Report of the Indian Hemp Drugs Commission, 1894-1895 - Volume IV
Year: 1894
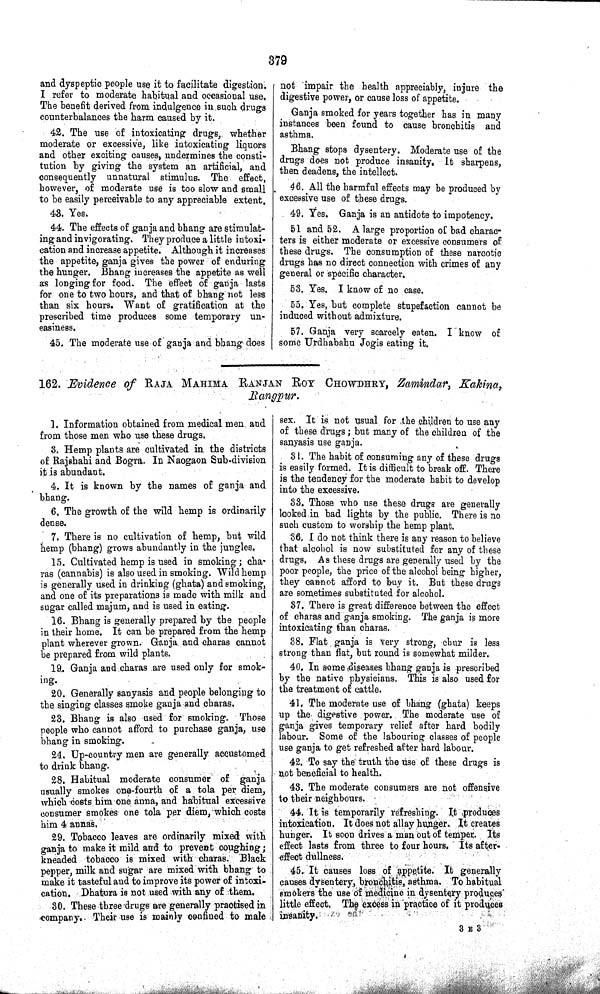
379
and dyspeptic people use it to facilitate digestion.
I refer to moderate habitual and occasional use.
The benefit derived from indulgence in such drugs
counterbalances the harm caused by it.
42. The use of intoxicating drugs, whether
moderate or excessive, like intoxicating liquors
and other exciting causes, undermines the consti-
tution by giving the system an artificial, and
consequently unnatural stimulus. The effect,
however, of moderate use is too slow and small
to be easily perceivable to any appreciable extent.
43. Yes.
44. The effects of ganja and bhang are stimulat-
ing and invigorating. They produce a little intoxi-
cation and increase appetite. Although it increases
the appetite, ganja gives the power of enduring
the hunger. Bhang increases the appetite as well
as longing for food. The effect of ganja lasts
for one to two hours, and that of bhang not less
than six hours. Want of gratification at the
prescribed time produces some temporary un-
easiness.
45. The moderate use of ganja and bhang does
not impair the health appreciably, injure the
digestive power, or cause loss of appetite.
Ganja smoked for years together has in many
instances been found to cause bronchitis and
asthma.
Bhang stops dysentery. Moderate use of the
drugs does not produce insanity. It sharpens,
then deadens, the intellect.
46. All the harmful effects may be produced by
excessive use of these drugs.
49. Yes. Ganja is an antidote to impotency.
51 and 52. A large proportion of bad charac-
ters is either moderate or excessive consumers of
these drugs. The consumption of these narcotic
drugs has no direct connection with crimes of any
general or specific character.
53. Yes. I know of no case.
55. Yes, but complete stupefaction cannot be
induced without admixture.
57. Ganja very scarcely eaten. I know of
some Urdhabahu Jogis eating it.
162. Evidence of RAJA MAHIMA RANJAN ROY CHOWDHRY, Zamindar, Kakina,
Rangpur.
1. Information obtained from medical men and
from those men who use these drugs.
3. Hemp plants are cultivated in the districts
of Rajshahi and Bogra. In Naogaon Sub-division
it is abundant.
4. It is known by the names of ganja and
bhang.
6, The growth of the wild hemp is ordinarily
dense.
7. There is no cultivation of hemp, but wild
hemp (bhang) grows abundantly in the jungles.
15. Cultivated hemp is used in smoking; cha-
ras (cannabis) is also used in smoking. Wild hemp
is generally used in drinking (ghata) and smoking,
and one of its preparations is made with milk and
sugar called majum, and is used in eating.
16. Bhang is generally prepared by the people
in their home. It can be prepared from the hemp
plant wherever grown. Ganja and charas cannot
be prepared from wild plants.
19. Ganja and charas are used only for smok-
ing.
20. Generally sanyasis and people belonging to
the singing classes smoke ganja and charas.
23. Bhang is also used for smoking. Those
people who cannot afford to purchase ganja, use
bhang in smoking.
24. Up-country men are generally accustomed
to drink bhang.
28. Habitual moderate consumer of ganja
usually smokes one-fourth of a tola per diem,
which costs him one anna, and habitual excessive
consumer smokes one tola per diem, which costs
him 4 annas.
29. Tobacco leaves are ordinarily mixed with
ganja to make it mild and to prevent coughing;
kneaded tobacco is mixed with charas. Black
pepper, milk and sugar are mixed with bhang to
make it tasteful and to improve its power of intoxi-
cation. Dhatura is not used with any of them.
30. These three drugs are generally practised in
company. Their use is mainly confined to male
sex. It is not usual for the children to use any
of these drugs; but many of the children of the
sanyasis use ganja.
31. The habit of consuming any of these drugs
is easily formed. It is difficult to break off. There
is the tendency for the moderate habit to develop
into the excessive.
33. Those who use these drugs are generally
looked in bad lights by the public. There is no
such custom to worship the hemp plant.
36. I do not think there is any reason to believe
that alcohol is now substituted for any of these
drugs. As these drugs are generally used by the
poor people, the price of the alcohol being higher,
they cannot afford to buy it. But these drugs
are sometimes substituted for alcohol.
37. There is great difference between the effect
of charas and ganja smoking. The ganja is more
intoxicating than charas.
38. Flat ganja is very strong, chur is less
strong than flat, but round is somewhat milder.
40. In some diseases bhang ganja is prescribed
by the native physicians. This is also used for
the treatment of cattle.
41. The moderate use of bhang (ghata) keeps
up the digestive power. The moderate use of
ganja gives temporary relief after hard bodily
labour. Some of the labouring classes of people
use ganja to get refreshed after hard labour.
42. To say the truth the use of these drugs is
not beneficial to health.
43. The moderate consumers are not offensive
to their neighbours.
44. It is temporarily refreshing. It produces
intoxication. It does not allay hunger. It creates
hunger. It soon drives a man out of temper. Its
effect lasts from three to four hours. Its after-
effect dullness.
45. It causes loss of appetite. It generally
causes dysentery, bronchitis, asthma. To habitual
smokers the use of medicine in dysentery produces
little effect. The excess in practice of it produces
insanity.
3 E 3